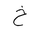
Letter: _kha